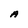
Character: A